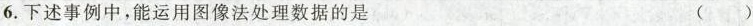
6.下述事例中，能运用图像法处理数据的是 ()